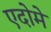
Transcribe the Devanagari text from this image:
एदोमे